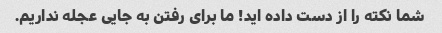
شما نکته را از دست داده اید! ما برای رفتن به جایی عجله نداریم.